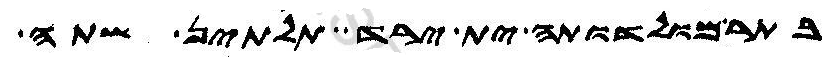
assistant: בתר מולדותה ית ירד תלתין שתה